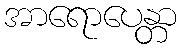
အာရောပေန္တာ